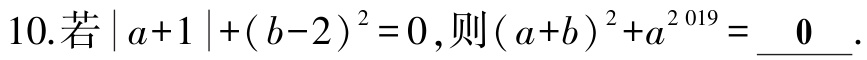
10.若\(\vert a + 1\vert+(b - 2)^{2}=0\)，则\((a + b)^{2}+a^{2019}=\underline{ 0 }\).